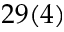
2 9 ( 4 )